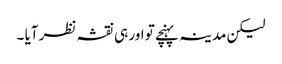
لیکن مدینہ پہنچے تو اور ہی نقشہ نظر آیا ۔